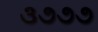
૩૭૭૭